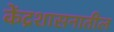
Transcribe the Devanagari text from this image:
केंद्रशासनातील